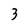
Character: 3